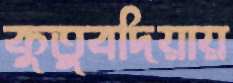
কুতুবদিয়ায়